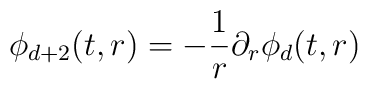
\phi_{d+2}(t,r) = - \frac{1}{r} \partial_{r} \phi_{d}(t,r)